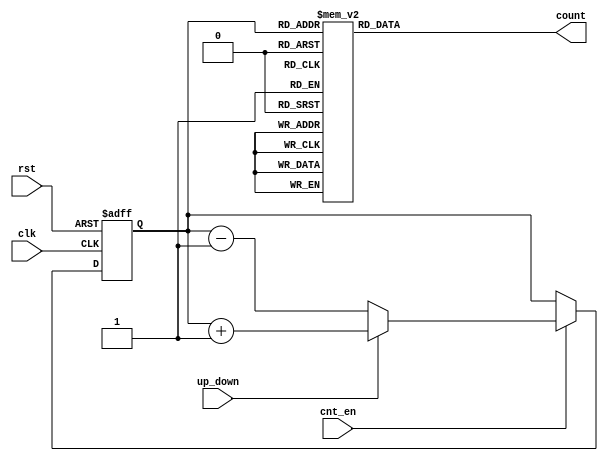
module UpDownGrayCounter (
    input wire clk,
    input wire rst,
    input wire cnt_en,
    input wire up_down,
    output reg [n-1:0] count
);

parameter n = 4; // Number of bits in counter

reg [n-1:0] count_reg;

always @(posedge clk or posedge rst) begin
    if (rst) begin
        count_reg <= 0;
    end else begin
        if (cnt_en) begin
            if (up_down) begin
                count_reg <= count_reg + 1;
            end else begin
                count_reg <= count_reg - 1;
            end
        end
    end
end

always @(count_reg) begin
    case(count_reg)
        4'b0000: count = 4'b0001; // Gray code for 0
        4'b0001: count = 4'b0011; // Gray code for 1
        4'b0011: count = 4'b0010; // Gray code for 2
        4'b0010: count = 4'b0110; // Gray code for 3
        4'b0110: count = 4'b0111; // Gray code for 4
        4'b0111: count = 4'b0101; // Gray code for 5
        4'b0101: count = 4'b0100; // Gray code for 6
        4'b0100: count = 4'b1100; // Gray code for 7
        4'b1100: count = 4'b1101; // Gray code for 8
        4'b1101: count = 4'b1111; // Gray code for 9
        4'b1111: count = 4'b1110; // Gray code for 10
        4'b1110: count = 4'b1010; // Gray code for 11
        4'b1010: count = 4'b1011; // Gray code for 12
        4'b1011: count = 4'b1001; // Gray code for 13
        4'b1001: count = 4'b1000; // Gray code for 14
        4'b1000: count = 4'b0000; // Gray code for 15
    endcase
end

endmodule